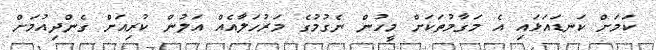
ކަމަށް ކަނޑައަޅައި އެ މަގާމުތަކަށް މީހުން ނެގުމުގެ މަރުހަލާއެއް އަލުން ކުރިއަށް ގެންދިއުމަށް